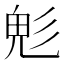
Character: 𩲆